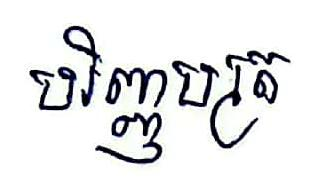
បរិញ្ញបត្រ